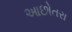
આછોતરા